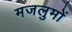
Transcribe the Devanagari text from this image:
मजलुमों